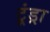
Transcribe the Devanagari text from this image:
टूंड्रा